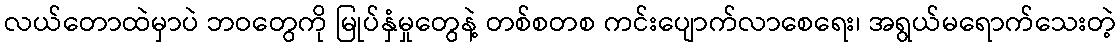
လယ်တောထဲမှာပဲ ဘဝတွေကို မြုပ်နှံမှုတွေနဲ့ တစ်စတစ ကင်းပျောက်လာစေရေး၊ အရွယ်မရောက်သေးတဲ့